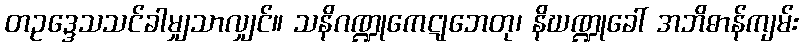
တဥဒ္ဒေသသင်ခါမျှသာလျှင်။ သနိဂဏ္ဍုကေဋုဘေတု၊ နိဃဏ္ဍုခေါ် အဘိဓာန်ကျမ်း